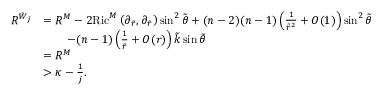
\begin{array} { r l } { R ^ { { \tilde { W } _ { j } } } } & { = R ^ { M } - 2 \mathrm { R i c } ^ { M } \left( \partial _ { \tilde { r } } , \partial _ { \tilde { r } } \right) \sin ^ { 2 } \tilde { \theta } + ( n - 2 ) ( n - 1 ) \left( \frac { 1 } { \tilde { r } ^ { 2 } } + O ( 1 ) \right) \sin ^ { 2 } \tilde { \theta } } \\ & { \quad \quad - ( n - 1 ) \left( \frac { 1 } { \tilde { r } } + O ( r ) \right) \tilde { k } \sin \tilde { \theta } } \\ & { = R ^ { M } } \\ & { > \kappa - \frac { 1 } { j } . } \end{array}